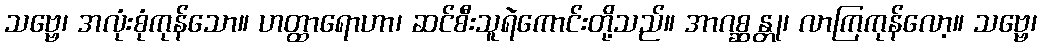
သဗ္ဗေ၊ အလုံးစုံကုန်သော။ ဟတ္ထာရောဟာ၊ ဆင်စီးသူရဲကောင်းတို့သည်။ အာဂစ္ဆန္တု၊ လာကြကုန်လော့။ သဗ္ဗေ၊